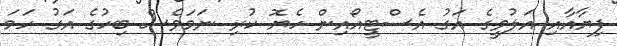
ފިޔާއާއި އަލުވީގެ އަގު އެސްޓީއޯއިން ހެޔޮ ކުރި ނަމަވެސް ބިހުގެ އަގު ހަމަ